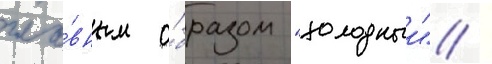
гла́вным о́бразом "холодныи" /